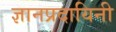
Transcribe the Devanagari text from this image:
ज्ञानप्रदायिनी